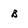
Character: b